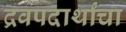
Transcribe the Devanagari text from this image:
द्रवपदार्थांचा